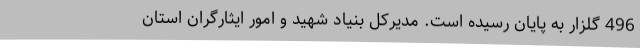
496 گلزار به پایان رسیده است. مدیرکل بنیاد شهید و امور ایثارگران استان